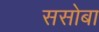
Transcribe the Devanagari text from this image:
ससोबा